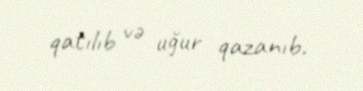
qatılıb və uğur qazanıb.